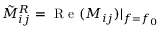
\tilde { M } _ { i j } ^ { R } = \mathrm { ~ R ~ e ~ } ( M _ { i j } ) | _ { f = f _ { 0 } }